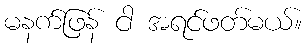
မနက်ဖြန် ငါ အရင်ဖတ်မယ်။